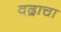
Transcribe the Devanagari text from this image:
वद्राचा